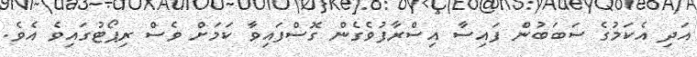
އަދި އެކަމުގެ ސަބަބުން ފައިސާ އިސްރާފުވެގެން ގޮސްފައިވާ ކަމަށް ވެސް ރިޕޯޓުގައިވެ އެވެ.